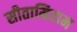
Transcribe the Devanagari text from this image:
सीतामिराम